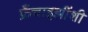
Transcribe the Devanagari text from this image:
फ्रँचाइझींशी